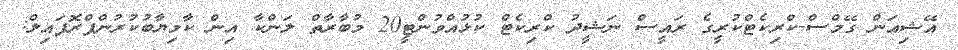
އޭޝިއަން ގޭމްސް-ކްރިކެޓްކުރީގެ ރައީސް ނަޝީދު ކްރިކެޓް ކުޅުއްވުންޓީ20 މުބާރާތް ލަންކާ އިން ކާމިޔާބުކުރުންޕްރޮފައިލް: